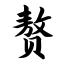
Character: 赘